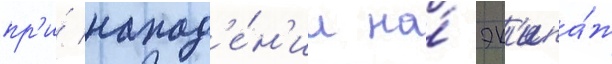
пр'и́ напад'е́н'ии на́ эк'ипа́ж